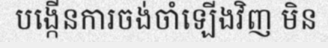
បង្កើនការចង់ចាំឡើងវិញ មិន